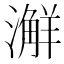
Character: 𣿨